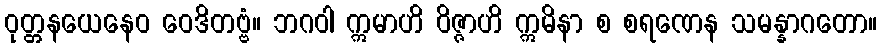
ဝုတ္တနယေနေဝ ဝေဒိတဗ္ဗံ။ ဘဂဝါ ဣမာဟိ ဝိဇ္ဇာဟိ ဣမိနာ စ စရဏေန သမန္နာဂတော။